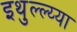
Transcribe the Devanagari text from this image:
इथुल्ल्य्या